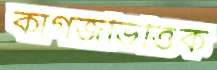
কাগজভিত্তিক